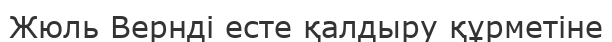
Жюль Вернді есте қалдыру құрметіне